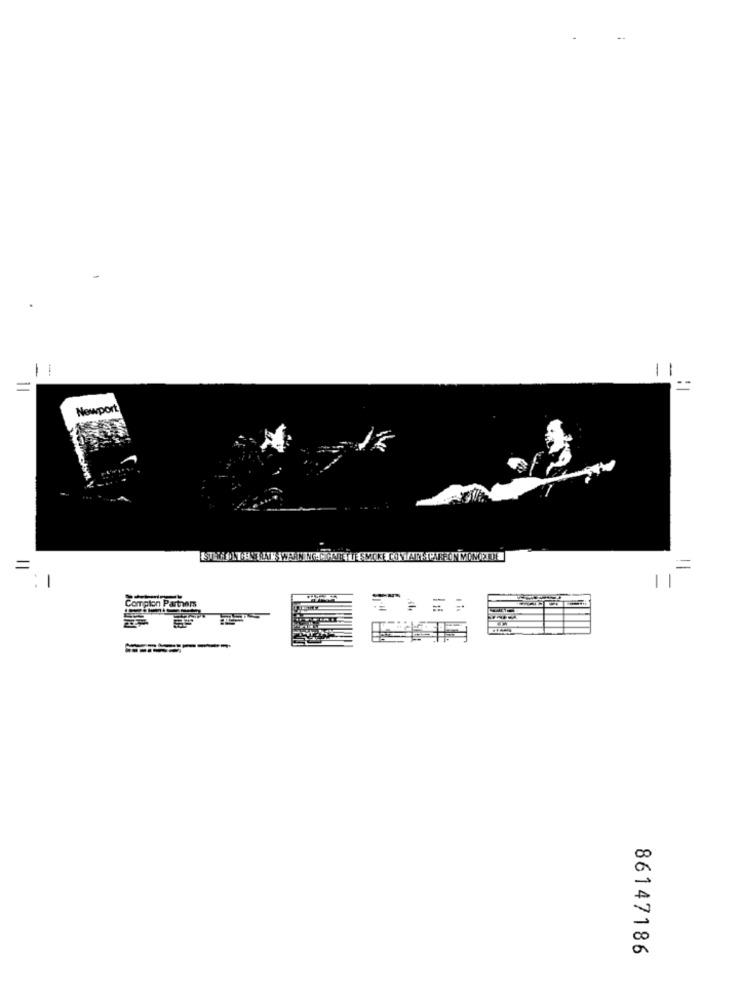
11
Newport
=
-
mpton Partners
=
86147186